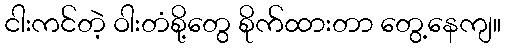
ငါးကင်တဲ့ ဝါးတံစို့တွေ စိုက်ထားတာ တွေ့နေကျ။